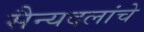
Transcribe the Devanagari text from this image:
सैन्यदलांचे